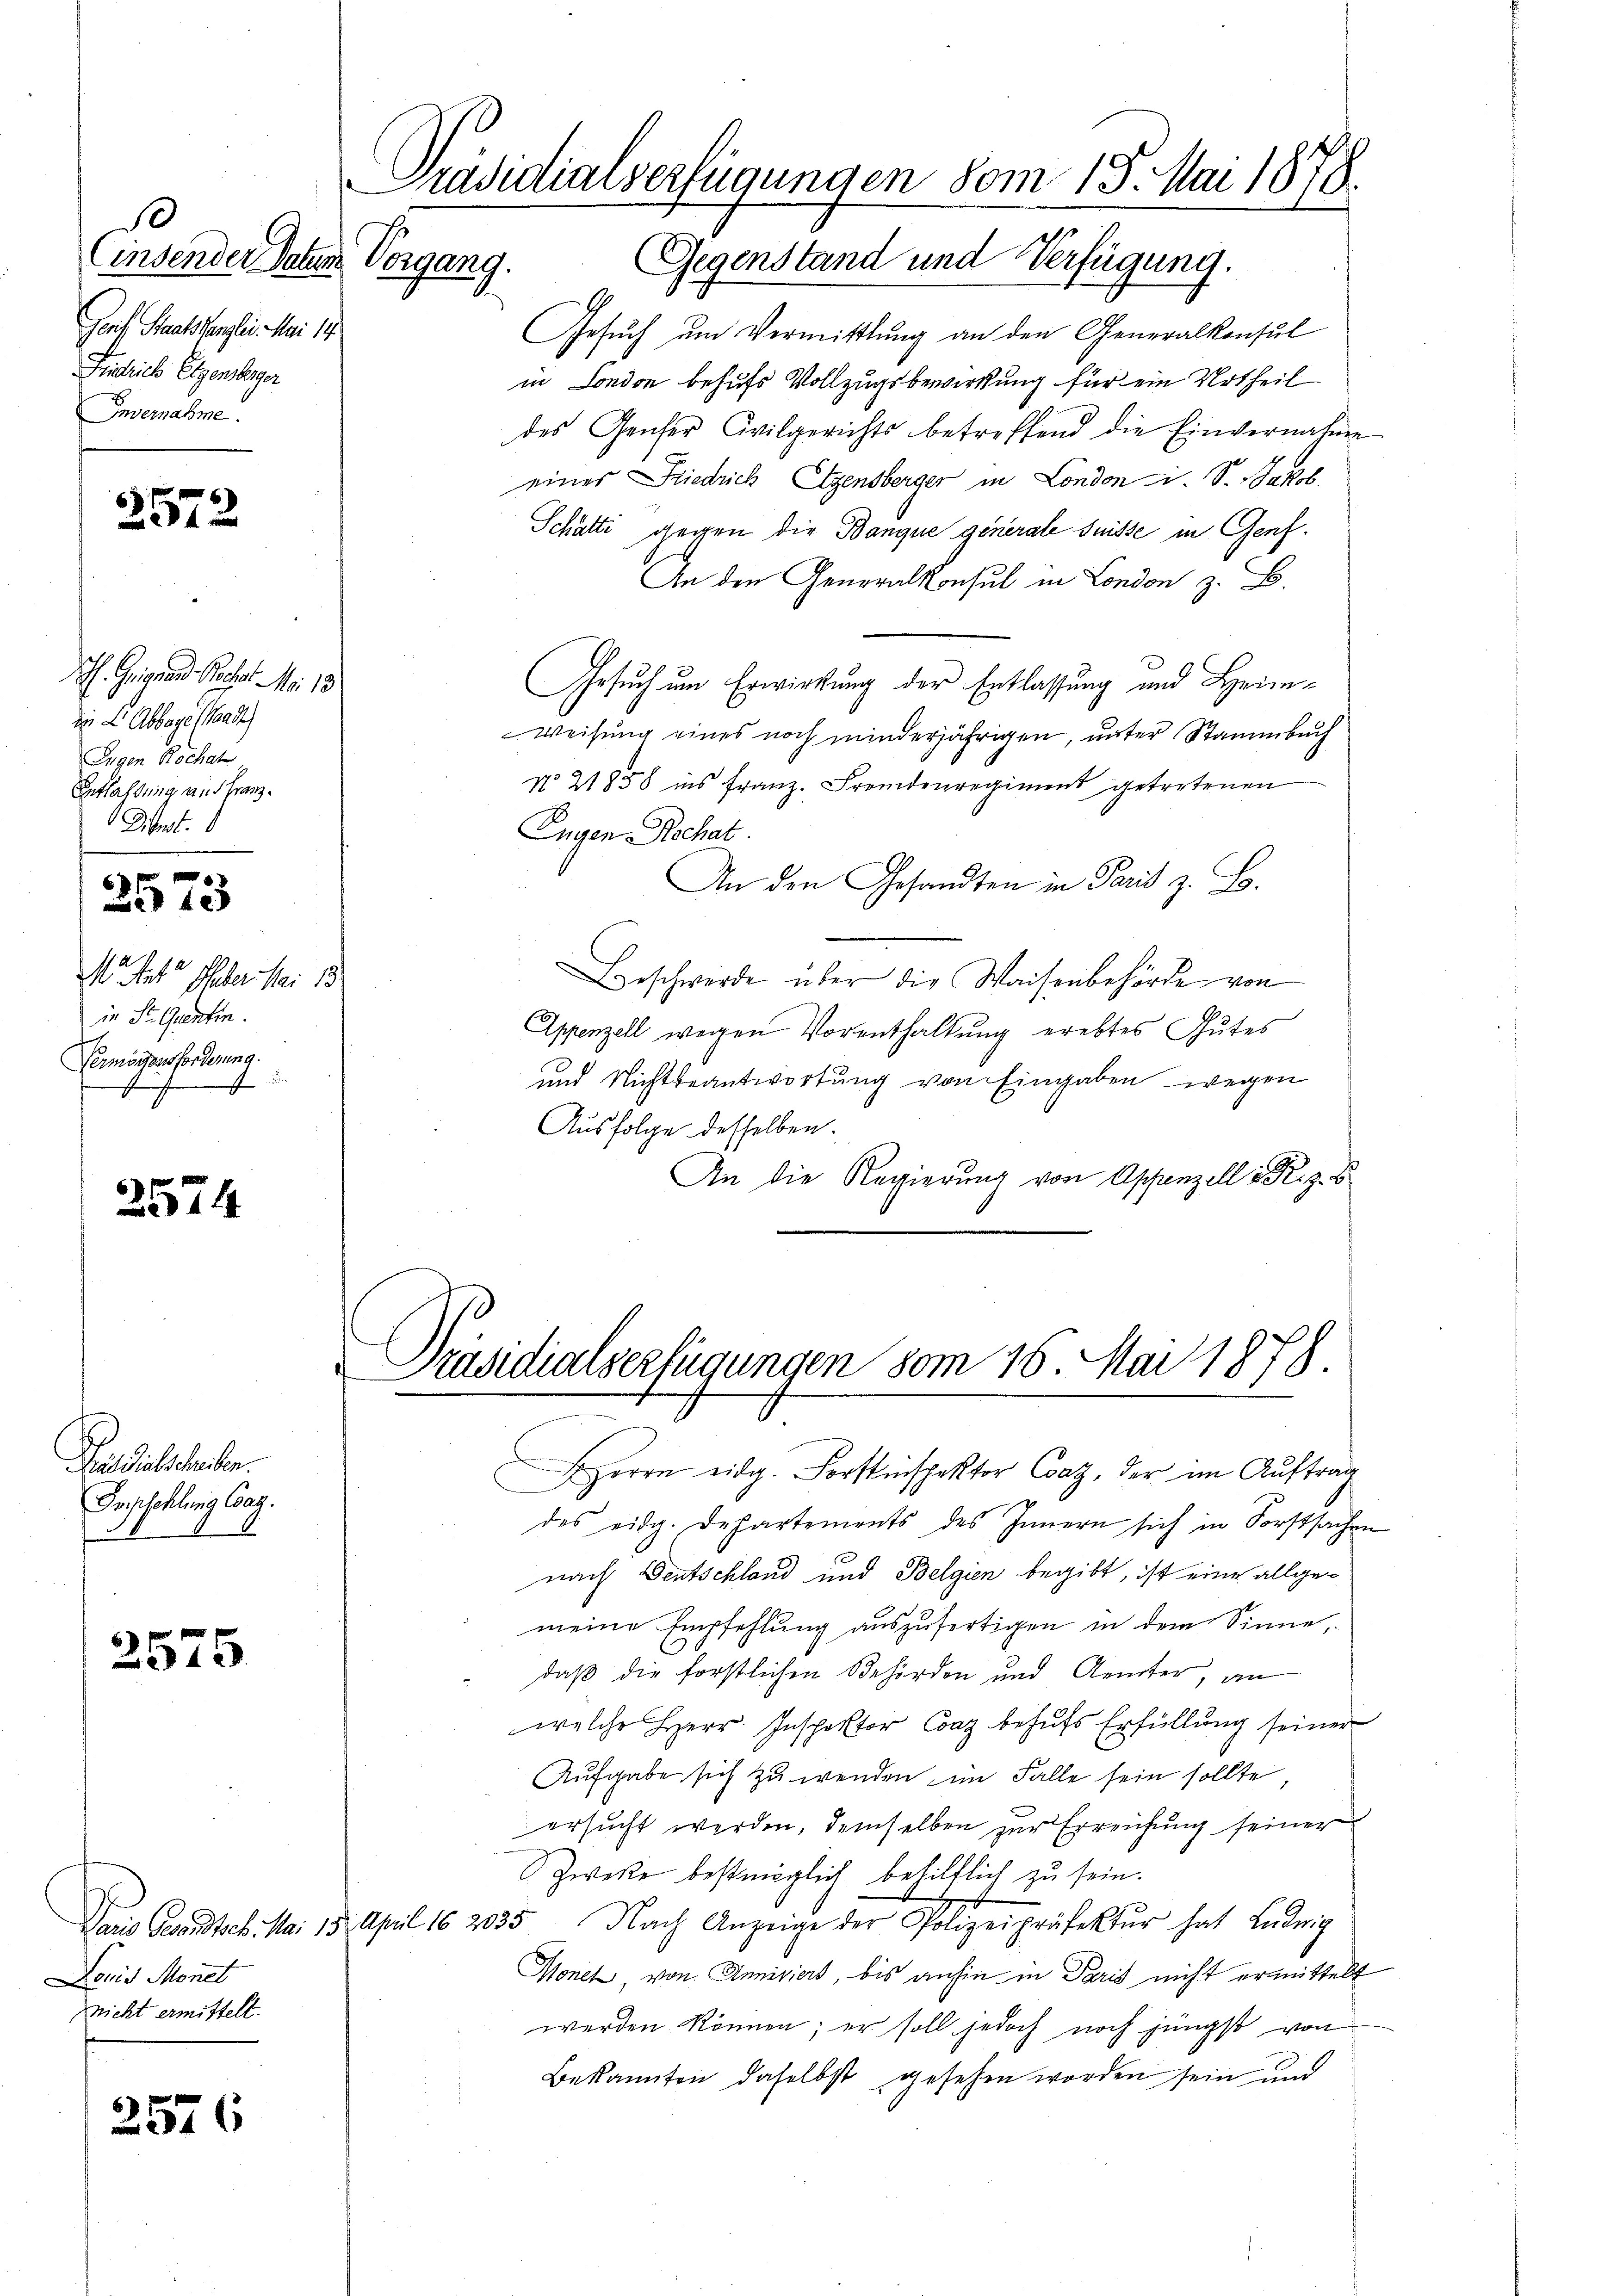
B
Einsender Pate
Grf Staatskanzlei. Mai 14
Füglich Eigensberger
Envermahne

57

2573

2574

Padischehen.
Empfehlung Cag.

2575

2576

h. Gegend Pacht No. 18
die L. Abbaye (Waadt
Ingen Rochat
Entlassung an Franz¬
Dint.

M. Tit. Feber Mai 18
in St. Ganten.
Vermögensforderung.
f

Doris Monet
nicht ermittelt.

Präsidialverfügungen vom 18. Mai 1878.
Vorgang. Gegenstand und Verfügung.

Gesuch um Vermittlung an den Generalkonsul
in London behufs Vollzugsbewirkung für ein Urtheil
des Genfer Civilgerichts betreffend die Einvernahme
eines Friedrich Eigensberger in London i. S. Jakob
Schätti gegen die Banque generale Suisse in Genf.
An den Generalkonsul in London z. B.
Gesuch um Erwirkung der Entlassung und Heim¬
Weisung eines noch minderjährigen, unter Stammbuch
No. 21858 ins franz. Fremdenregiment getretenen
Eugen Rechat.
An den Gesandten in Paris z. B.
Beschwerde über die Waisenbehörde von
Appenzell wegen Vorenthaltung erebtes Gutes
und Nichtbeantwortung von Eingaben wegen
Ausfolge desselben.
An die Regierung von Appenzell u. Rez. b

Präsidialserfügungen vom 16. Mai 1878

HHerrn eidg. Forstinspektor Coaz, der im Auftrag
des eidg. Departements des Innern sich in Forstsachen
nach Deutschland und Belgien begibt, ist eine allgemeine Empfehlung auszufertigen in dem Sinne,
daß die forstlichen Behörden und Aemter, an
welche Herr Inspektor Coaz behŭfs Erfüllŭng seiner
Aufgabe sich zu wenden im Falle sein sollte
ersucht werden, demselben zur Erreichung seiner
Zwecke bestmöglich behilflich zu sein.
Dans Gesandte. Mai 15. April 182035 Nach Anzeige der Polizeipräfektur hat Ludwig
Monet, von Anniviert, bis anhin in Paris nicht ermittelt
werden können; er soll jedoch noch jüngst von
Bekannten daselbst gesehen worden sein und